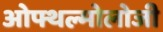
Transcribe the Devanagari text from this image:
ओफ्थल्मोलोजी